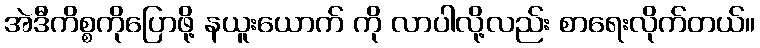
အဲဒီကိစ္စကိုပြောဖို့ နယူးယောက် ကို လာပါလို့လည်း စာရေးလိုက်တယ်။